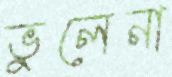
ভুলেনা